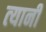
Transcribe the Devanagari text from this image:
त्‍यानी